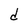
Character: d